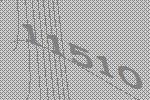
11510